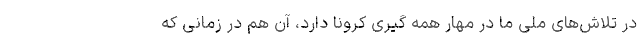
در تلاش‌های ملی ما در مهار همه گیری کرونا دارد، آن هم در زمانی که